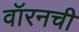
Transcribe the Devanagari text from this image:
वॉरनची